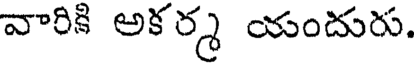
వారికి అకర్మ యందురు.